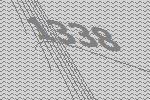
1338